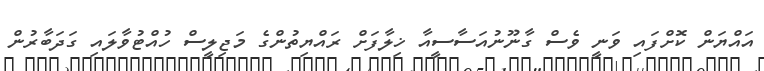
އައްޔަން ކޮށްފައި ވަނީ ވެސް ގާނޫނުއަސާސީއާ ޚިލާފަށް ރައްޔިތުންގެ މަޖިލީސް ހުއްޓުވާލައި ގަދަބާރުން